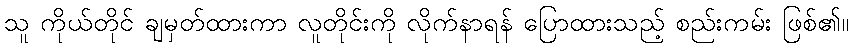
သူ ကိုယ်တိုင် ချမှတ်ထားကာ လူတိုင်းကို လိုက်နာရန် ပြောထားသည့် စည်းကမ်း ဖြစ်၏။